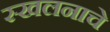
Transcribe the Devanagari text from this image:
स्खलनाचे